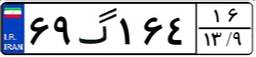
۰۶گ۲۴۳۴۴